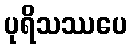
ပုရိသဿပေ